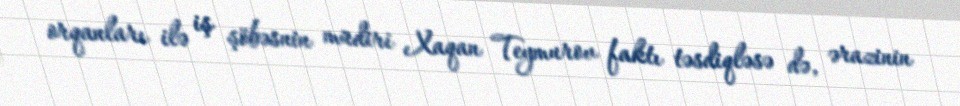
orqanları ilə iş şöbəsnin müdiri Xaqan Teymurov faktı təsdiqləsə də, ərazinin